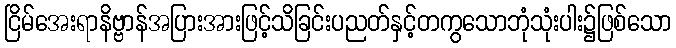
ငြိမ်အေးရာနိဗ္ဗာန်အပြားအားဖြင့်သိခြင်းပညတ်နှင့်တကွသောဘုံသုံးပါး၌ဖြစ်သော